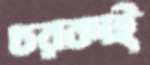
চরকাই